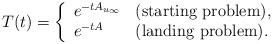
LaTeX: \begin{align*}T(t)=\left\{\begin{array}{ll}e^{-tA_{u_\infty}} & (\mbox{starting problem}), \\e^{-tA} & (\mbox{landing problem}).\end{array}\right.\end{align*}